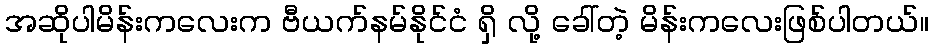
အဆိုပါမိန်းကလေးက ဗီယက်နမ်နိုင်ငံ ရှိ လို့ ခေါ်တဲ့ မိန်းကလေးဖြစ်ပါတယ်။